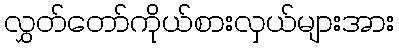
လွှတ်တော်ကိုယ်စားလှယ်များအား